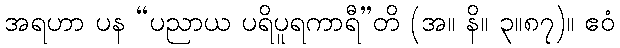
အရဟာ ပန “ပညာယ ပရိပူရကာရီ”တိ (အ။ နိ။ ၃။၈၇)။ ဧဝံ